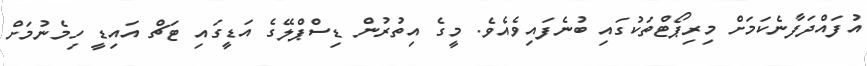
އުފައްދަފާނެކަމަށް މިރިޕޯޓްތަކުގައި ބުނެފައިވެއެވެ. މީގެ އިތުރުން ޑިސްޕްލޭގެ އަޑީގައި ޓަޗް އައިޑީ ހިމެނުމަށް